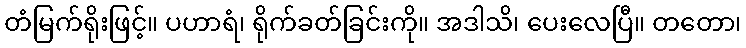
တံမြက်ရိုးဖြင့်။ ပဟာရံ၊ ရိုက်ခတ်ခြင်းကို။ အဒါသိ၊ ပေးလေပြီ။ တတော၊